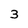
Character: 3